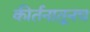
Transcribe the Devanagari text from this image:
कीर्तनातूनच